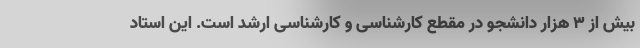
بیش از ۳ هزار دانشجو در مقطع کارشناسی و کارشناسی ارشد است. این استاد